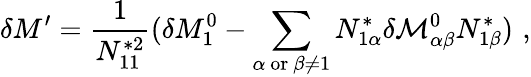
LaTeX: \delta M^{\prime}=\frac{1}{N_{11}^{*2}}(\delta M_{1}^{0}-\sum_{\alpha\ \mathrm{or}\ \beta\neq 1}N_{1\alpha}^{*}\delta{\cal M}_{\alpha\beta}^{0}N_{1\beta}^{*})\, \, ,